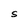
Character: S